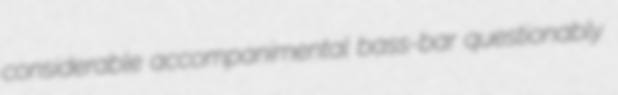
considerable accompanimental bass-bar questionably